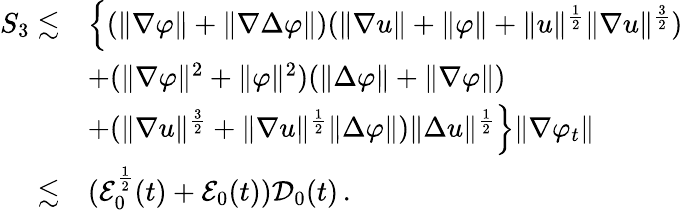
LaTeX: \begin{array}{rl}{S_{3}\lesssim}&{\Big\{ (\| \nabla\varphi\| +\| \nabla\Delta\varphi\| )(\| \nabla u\| +\| \varphi\| +\| u\| ^{\frac{1}{2}}\| \nabla u\| ^{\frac{3}{2}})}\\ &{+(\| \nabla\varphi\| ^{2}+\| \varphi\| ^{2})(\| \Delta\varphi\| +\| \nabla\varphi\| )}\\ &{+(\| \nabla u\| ^{\frac{3}{2}}+\| \nabla u\| ^{\frac{1}{2}}\| \Delta\varphi\| )\| \Delta u\| ^{\frac{1}{2}}\Big\} \| \nabla\varphi_{t}\| }\\ {\lesssim}&{(\mathcal{E}_{0}^{\frac{1}{2}}(t)+\mathcal{E}_{0}(t))\mathcal{D}_{0}(t)\, .}\end{array}